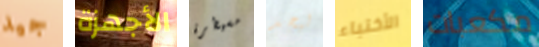
جيد الأجهزة مسيطرة ليجد الأختباء مكعبات